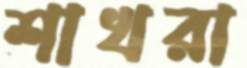
শাখরা